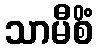
သာမီစိံ